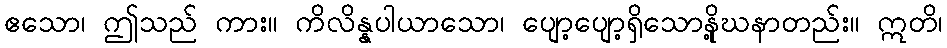
ဧသော၊ ဤသည် ကား။ ကိလိန္နပါယာသော၊ ပျော့ပျော့ရှိသောနို့ဃနာတည်း။ ဣတိ၊